Civil Veterinary Dept. North-West Frontier Province 1901-22 - 1901-1922
Year: 1901
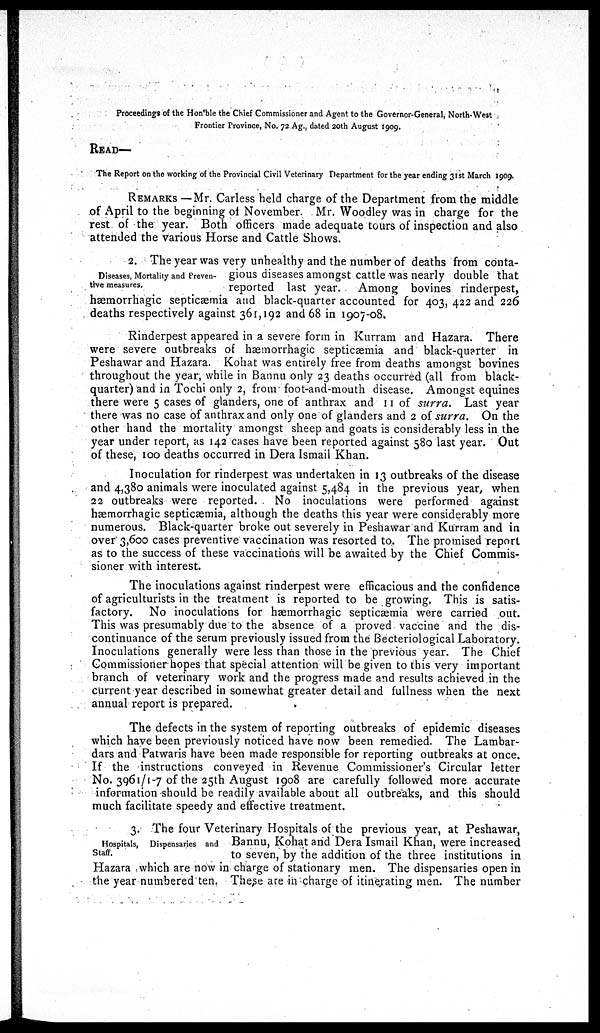
Proceedings of the Hon'ble the Chief Commissioner and Agent to the Governor-General, North-West
Frontier Province, No. 72 Ag., dated 20th August 1909.
READ—
The Report on the working of the Provincial Civil Veterinary Department for the year ending 31st March 1909.
REMARKS — Mr. Carless held charge of the Department from the middle
of April to the beginning of November. Mr. Woodley was in charge for the
rest of the year. Both officers made adequate tours of inspection and also
attended the various Horse and Cattle Shows.
Diseases, Mortality and Preven¬
tive measures.
2. The year was very unhealthy and the number of deaths from conta-
gious diseases amongst cattle was nearly double that
reported last year. Among bovines rinderpest,
hæmorrhagic septicæmia and black-quarter accounted for 403, 422 and 226
deaths respectively against 361,192 and 68 in 1907-08.
Rinderpest appeared in a severe form in Kurram and Hazara. There
were severe outbreaks of hæmorrhagic septicæmia and black-quarter in
Peshawar and Hazara. Kohat was entirely free from deaths amongst bovines
throughout the year, while in Bannu only 23 deaths occurred (all from black-
quarter) and in Tochi only 2, from foot-and-mouth disease. Amongst equines
there were 5 cases of glanders, one of anthrax and 11 of surra. Last year
there was no case of anthrax and only one of glanders and 2 of surra. On the
other hand the mortality amongst sheep and goats is considerably less in the
year under report, as 142 cases have been reported against 580 last year. Out
of these, 100 deaths occurred in Dera Ismail Khan.
Inoculation for rinderpest was undertaken in 13 outbreaks of the disease
and 4,380 animals were inoculated against 5,484 in the previous year, when
22 outbreaks were reported. No inoculations were performed against
hæmorrhagic septicæmia, although the deaths this year were considerably more
numerous. Black-quarter broke out severely in Peshawar and Kurram and in
over 3,600 cases preventive vaccination was resorted to. The promised report
as to the success of these vaccinations will be awaited by the Chief Commis-
sioner with interest.
The inoculations against rinderpest were efficacious and the confidence
of agriculturists in the treatment is reported to be growing. This is satis-
factory. No inoculations for hæmorrhagic septicæmia were carried out.
This was presumably due to the absence of a proved vaccine and the dis-
continuance of the serum previously issued from the Becteriological Laboratory.
Inoculations generally were less than those in the previous year. The Chief
Commissioner hopes that special attention will be given to this very important
branch of veterinary work and the progress made and results achieved in the
current year described in somewhat greater detail and fullness when the next
annual report is prepared.
The defects in the system of reporting outbreaks of epidemic diseases
which have been previously noticed have now been remedied. The Lambar-
dars and Patwaris have been made responsible for reporting outbreaks at once.
If the instructions conveyed in Revenue Commissioner's Circular letter
No. 3961/1-7 of the 25th August 1908 are carefully followed more accurate
information should be readily available about all outbreaks, and this should
much facilitate speedy and effective treatment.
Hospitals, Dispensaries and
Staff.
3. The four Veterinary Hospitals of the previous year, at Peshawar,
Bannu, Kohat and Dera Ismail Khan, were increased
to seven, by the addition of the three institutions in
Hazara which are now in charge of stationary men. The dispensaries open in
the year numbered ten. These are in charge of itinerating men. The number